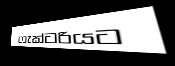
ෆැක්ටරියට